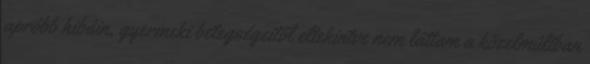
apróbb hibáin, gyermeki betegségeitől eltekintve nem láttam a közelmúltban